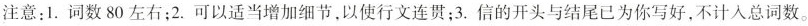
注意：1. 词数80左右；2. 可以适当增加细节，以使行文连贯；3. 信的开头与结尾已为你写好，不计入总词数。